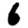
Digit: 6